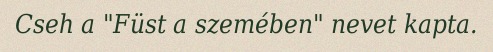
Cseh a "Füst a szemében" nevet kapta.